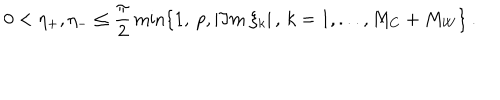
0 < \eta _ { + } , \eta _ { - } \leq \frac { \pi } { 2 } \min \{ 1 , \: p , | \Im m \: \xi _ { k } | \, , \, k = 1 , . . . , M _ { C } + M _ { W } \} \: .